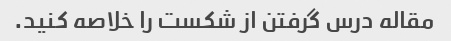
مقاله درس گرفتن از شکست را خلاصه کنید.